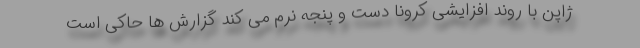
ژاپن با روند افزایشی کرونا دست و پنجه نرم می کند گزارش ها حاکی است